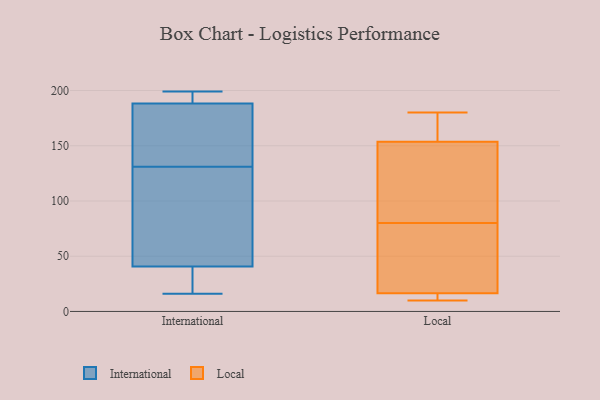
{"axis": {"x": "LTV (USD)", "y": "Value"}, "legend": ["International", "Local"], "data": [{"x": "", "y": 188, "type": "International"}, {"x": "", "y": 169, "type": "International"}, {"x": "", "y": 49, "type": "International"}, {"x": "", "y": 198, "type": "International"}, {"x": "", "y": 49, "type": "International"}, {"x": "", "y": 189, "type": "International"}, {"x": "", "y": 37, "type": "International"}, {"x": "", "y": 42, "type": "International"}, {"x": "", "y": 16, "type": "International"}, {"x": "", "y": 60, "type": "International"}, {"x": "", "y": 199, "type": "International"}, {"x": "", "y": 191, "type": "International"}, {"x": "", "y": 149, "type": "International"}, {"x": "", "y": 131, "type": "International"}, {"x": "", "y": 156, "type": "International"}, {"x": "", "y": 20, "type": "International"}, {"x": "", "y": 18, "type": "International"}, {"x": "", "y": 168, "type": "Local"}, {"x": "", "y": 108, "type": "Local"}, {"x": "", "y": 12, "type": "Local"}, {"x": "", "y": 180, "type": "Local"}, {"x": "", "y": 149, "type": "Local"}, {"x": "", "y": 21, "type": "Local"}, {"x": "", "y": 12, "type": "Local"}, {"x": "", "y": 158, "type": "Local"}, {"x": "", "y": 52, "type": "Local"}, {"x": "", "y": 10, "type": "Local"}, {"x": "", "y": 34, "type": "Local"}, {"x": "", "y": 113, "type": "Local"}]}